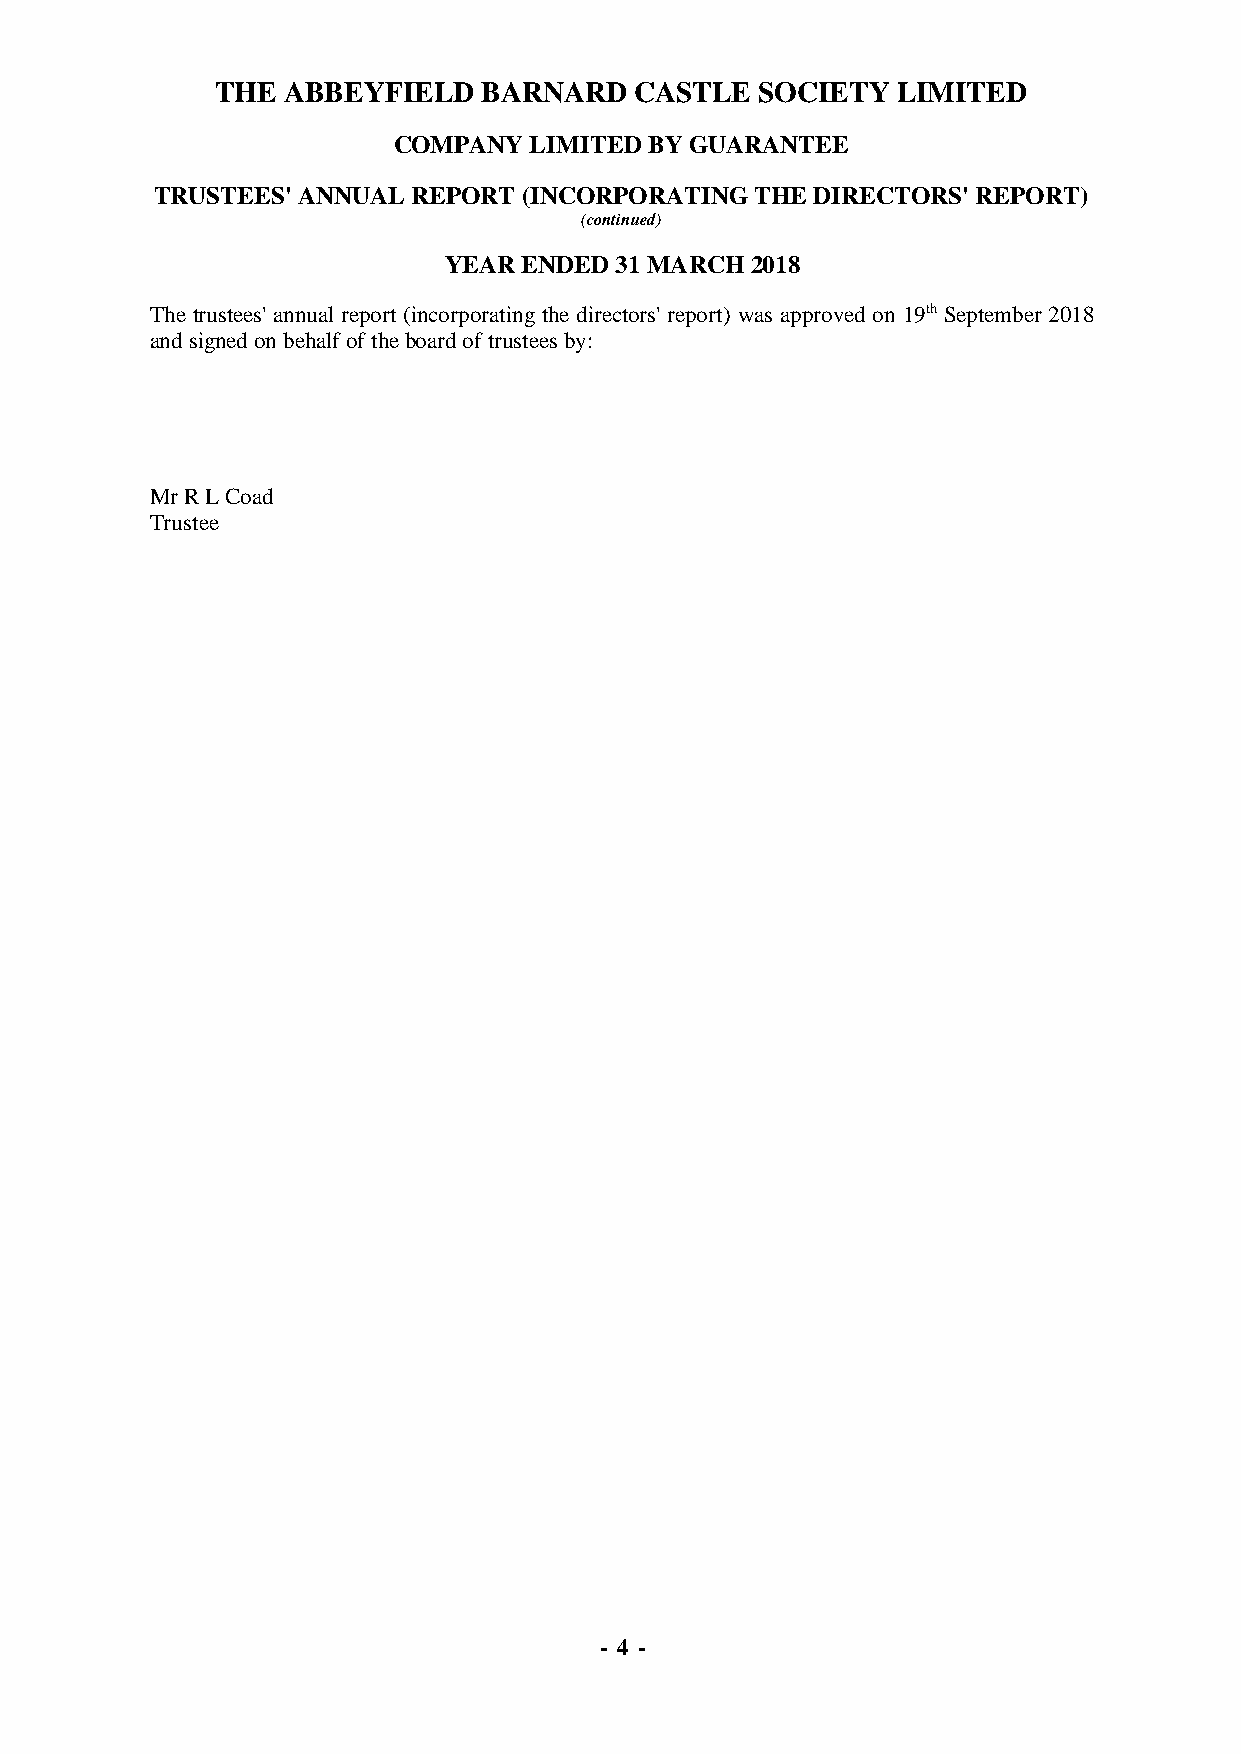
THE  ABBEYFIELD   BARNARD   CASTLE  SOCIETY  LIMITED
 COMPANY  LIMITED BY GUARANTEE
 TRUSTEES' ANNUAL REPORT  (INCORPORATING THE DIRECTORS' REPORT)
 (continued)
 YEAR  ENDED 31 MARCH 2018
 The trustees' annual report (incorporating the directors' report) was approved on 19th September 2018
 and signed on behalf of the board of trustees by:
 Mr R L Coad
 Trustee
 - 4 -